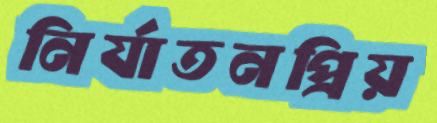
নির্যাতনপ্রিয়